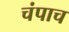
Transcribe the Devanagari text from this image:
चंपाच